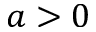
a > 0